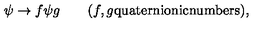
\psi \rightarrow f \psi g \quad \quad ( f , g \mathrm { q u a t e r n i o n i c n u m b e r s } ) ,